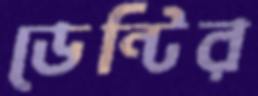
ডেন্টির